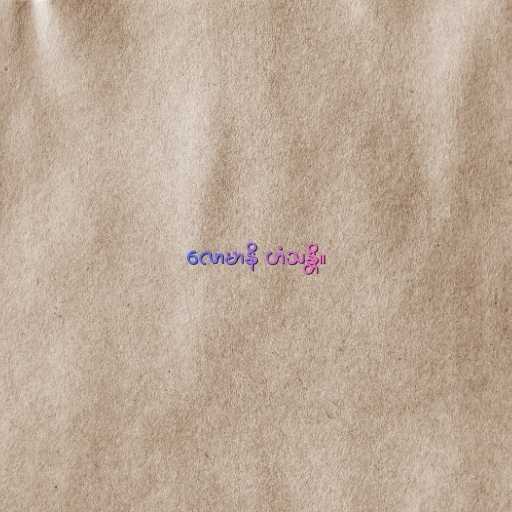
လောမာနိ ဟံသန္တိ။